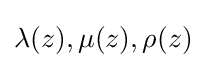
\lambda (z),\mu (z),\rho (z)